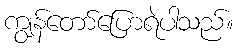
ကျွန်တော်ပြောရဲပါသည်။